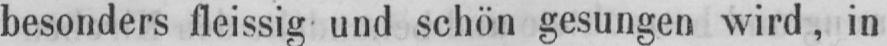
besonders fleissig und schön gesungen wird, in